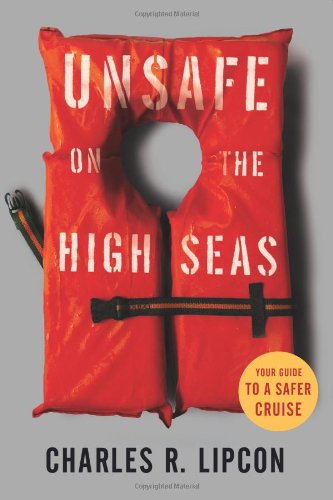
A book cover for Unsafe on the High Seas: Your Guide to a Safer Cruise; Charles R. Lipcon; Travel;